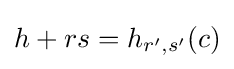
h+rs=h_{r',s'}(c)